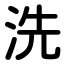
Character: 洗